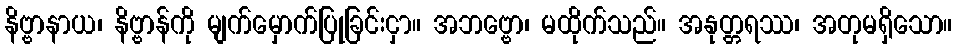
နိဗ္ဗာနာယ၊ နိဗ္ဗာန်ကို မျက်မှောက်ပြုခြင်းငှာ။ အဘဗ္ဗော၊ မထိုက်သည်။ အနုတ္တရဿ၊ အတုမရှိသော။